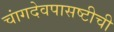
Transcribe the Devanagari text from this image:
चांगदेवपासष्टीची